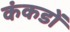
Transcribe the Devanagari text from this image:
कंकडों